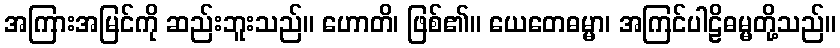
အကြားအမြင်ကို ဆည်းဘူးသည်။ ဟောတိ၊ ဖြစ်၏။ ယေတေဓမ္မာ၊ အကြင်ပါဠိဓမ္မတို့သည်။